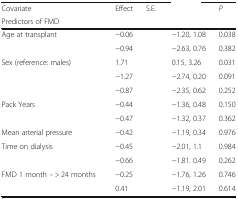
<table><thead><tr><td><b>Covariate</b></td><td><b>Effect</b></td><td><b>S.E.</b></td><td>[EMPTY_CELL]</td><td><b><i>P</i></b></td></tr><tr><td colspan="5"><b>Predictors of FMD</b></td></tr></thead><tbody><tr><td>Age at transplant</td><td>−0.06</td><td>[EMPTY_CELL]</td><td>−1.20, 1.08</td><td>0.038</td></tr><tr><td>[EMPTY_CELL]</td><td>−0.94</td><td>[EMPTY_CELL]</td><td>−2.63, 0.76</td><td>0.382</td></tr><tr><td>Sex (reference: males)</td><td>1.71</td><td>[EMPTY_CELL]</td><td>0.15, 3.26</td><td>0.031</td></tr><tr><td>[EMPTY_CELL]</td><td>−1.27</td><td>[EMPTY_CELL]</td><td>−2.74, 0.20</td><td>0.091</td></tr><tr><td>[EMPTY_CELL]</td><td>−0.87</td><td>[EMPTY_CELL]</td><td>−2.35, 0.62</td><td>0.252</td></tr><tr><td>Pack Years</td><td>−0.44</td><td>[EMPTY_CELL]</td><td>−1.36, 0.48</td><td>0.150</td></tr><tr><td>[EMPTY_CELL]</td><td>−0.47</td><td>[EMPTY_CELL]</td><td>−1.32, 0.37</td><td>0.362</td></tr><tr><td>Mean arterial pressure</td><td>−0.42</td><td>[EMPTY_CELL]</td><td>−1.19, 0.34</td><td>0.976</td></tr><tr><td>Time on dialysis</td><td>−0.45</td><td>[EMPTY_CELL]</td><td>−2.01, 1.1</td><td>0.984</td></tr><tr><td>[EMPTY_CELL]</td><td>−0.66</td><td>[EMPTY_CELL]</td><td>−1.81. 0.49</td><td>0.262</td></tr><tr><td>FMD 1 month -- &gt; 24 months</td><td>−0.25</td><td>[EMPTY_CELL]</td><td>−1.76, 1.26</td><td>0.746</td></tr><tr><td>[EMPTY_CELL]</td><td>0.41</td><td>[EMPTY_CELL]</td><td>−1.19, 2.01</td><td>0.614</td></tr></tbody></table>